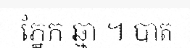
ភ្នែក ឆ្មា ។ បាត